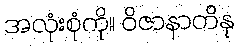
အလုံးစုံကို။ ဝိဇာနာတိနု